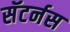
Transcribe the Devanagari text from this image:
सॅटर्नस